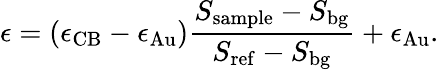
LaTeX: \epsilon=(\epsilon_{\mathrm{CB}}-\epsilon_{\mathrm{Au}})\frac{S_{\mathrm{sample}}-S_{\mathrm{bg}}}{S_{\mathrm{ref}}-S_{\mathrm{bg}}}+\epsilon_{\mathrm{Au}}.